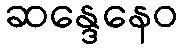
ဆန္ဒေနေဝ